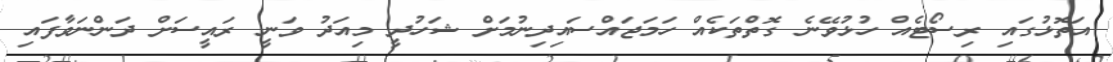
އަތޮޅުގައި ރިސޯޓެއް ހުޅުވޭނެ ގޮތްތަކެއް ހަމަޖައްސައިދިނުމަށް ޝަހުދީ މިއަދު ވަނީ ރައީސަށް ދަންނަވާފައި